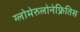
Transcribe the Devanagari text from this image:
ग्लोमेरुलोनेफ्रितिस